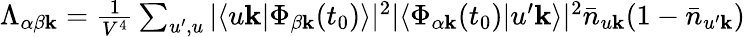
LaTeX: \begin{array}{r}{\Lambda_{\alpha\beta\mathbf{k}}=\frac{1}{V^{4}}\sum_{u^{\prime},u}|\langle u\mathbf{k}|\Phi_{\beta\mathbf{k}}(t_{0})\rangle|^{2}|\langle\Phi_{\alpha\mathbf{k}}(t_{0})|u^{\prime}\mathbf{k}\rangle|^{2}\bar{n}_{u\mathbf{k}}(1-\bar{n}_{u^{\prime}\mathbf{k}})}\end{array}